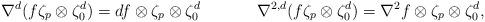
LaTeX: \begin{align*}\nabla^d(f \zeta_p \otimes \zeta_0^d) &= df \otimes \zeta_p \otimes \zeta_0^d & & & \nabla^{2,d}(f \zeta_p \otimes \zeta_0^d) &= \nabla^2f \otimes \zeta_p \otimes \zeta_0^d,\end{align*}